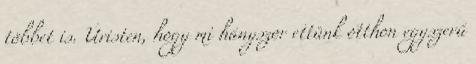
többet is. Úristen, hogy mi hányszor ettünk otthon egyszerű